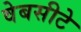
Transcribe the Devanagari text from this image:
वेबसीटे